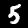
Label: 5